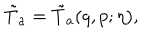
LaTeX: \tilde { T } _ { a } = \tilde { T } _ { a } ( q , p ; \eta ) ,